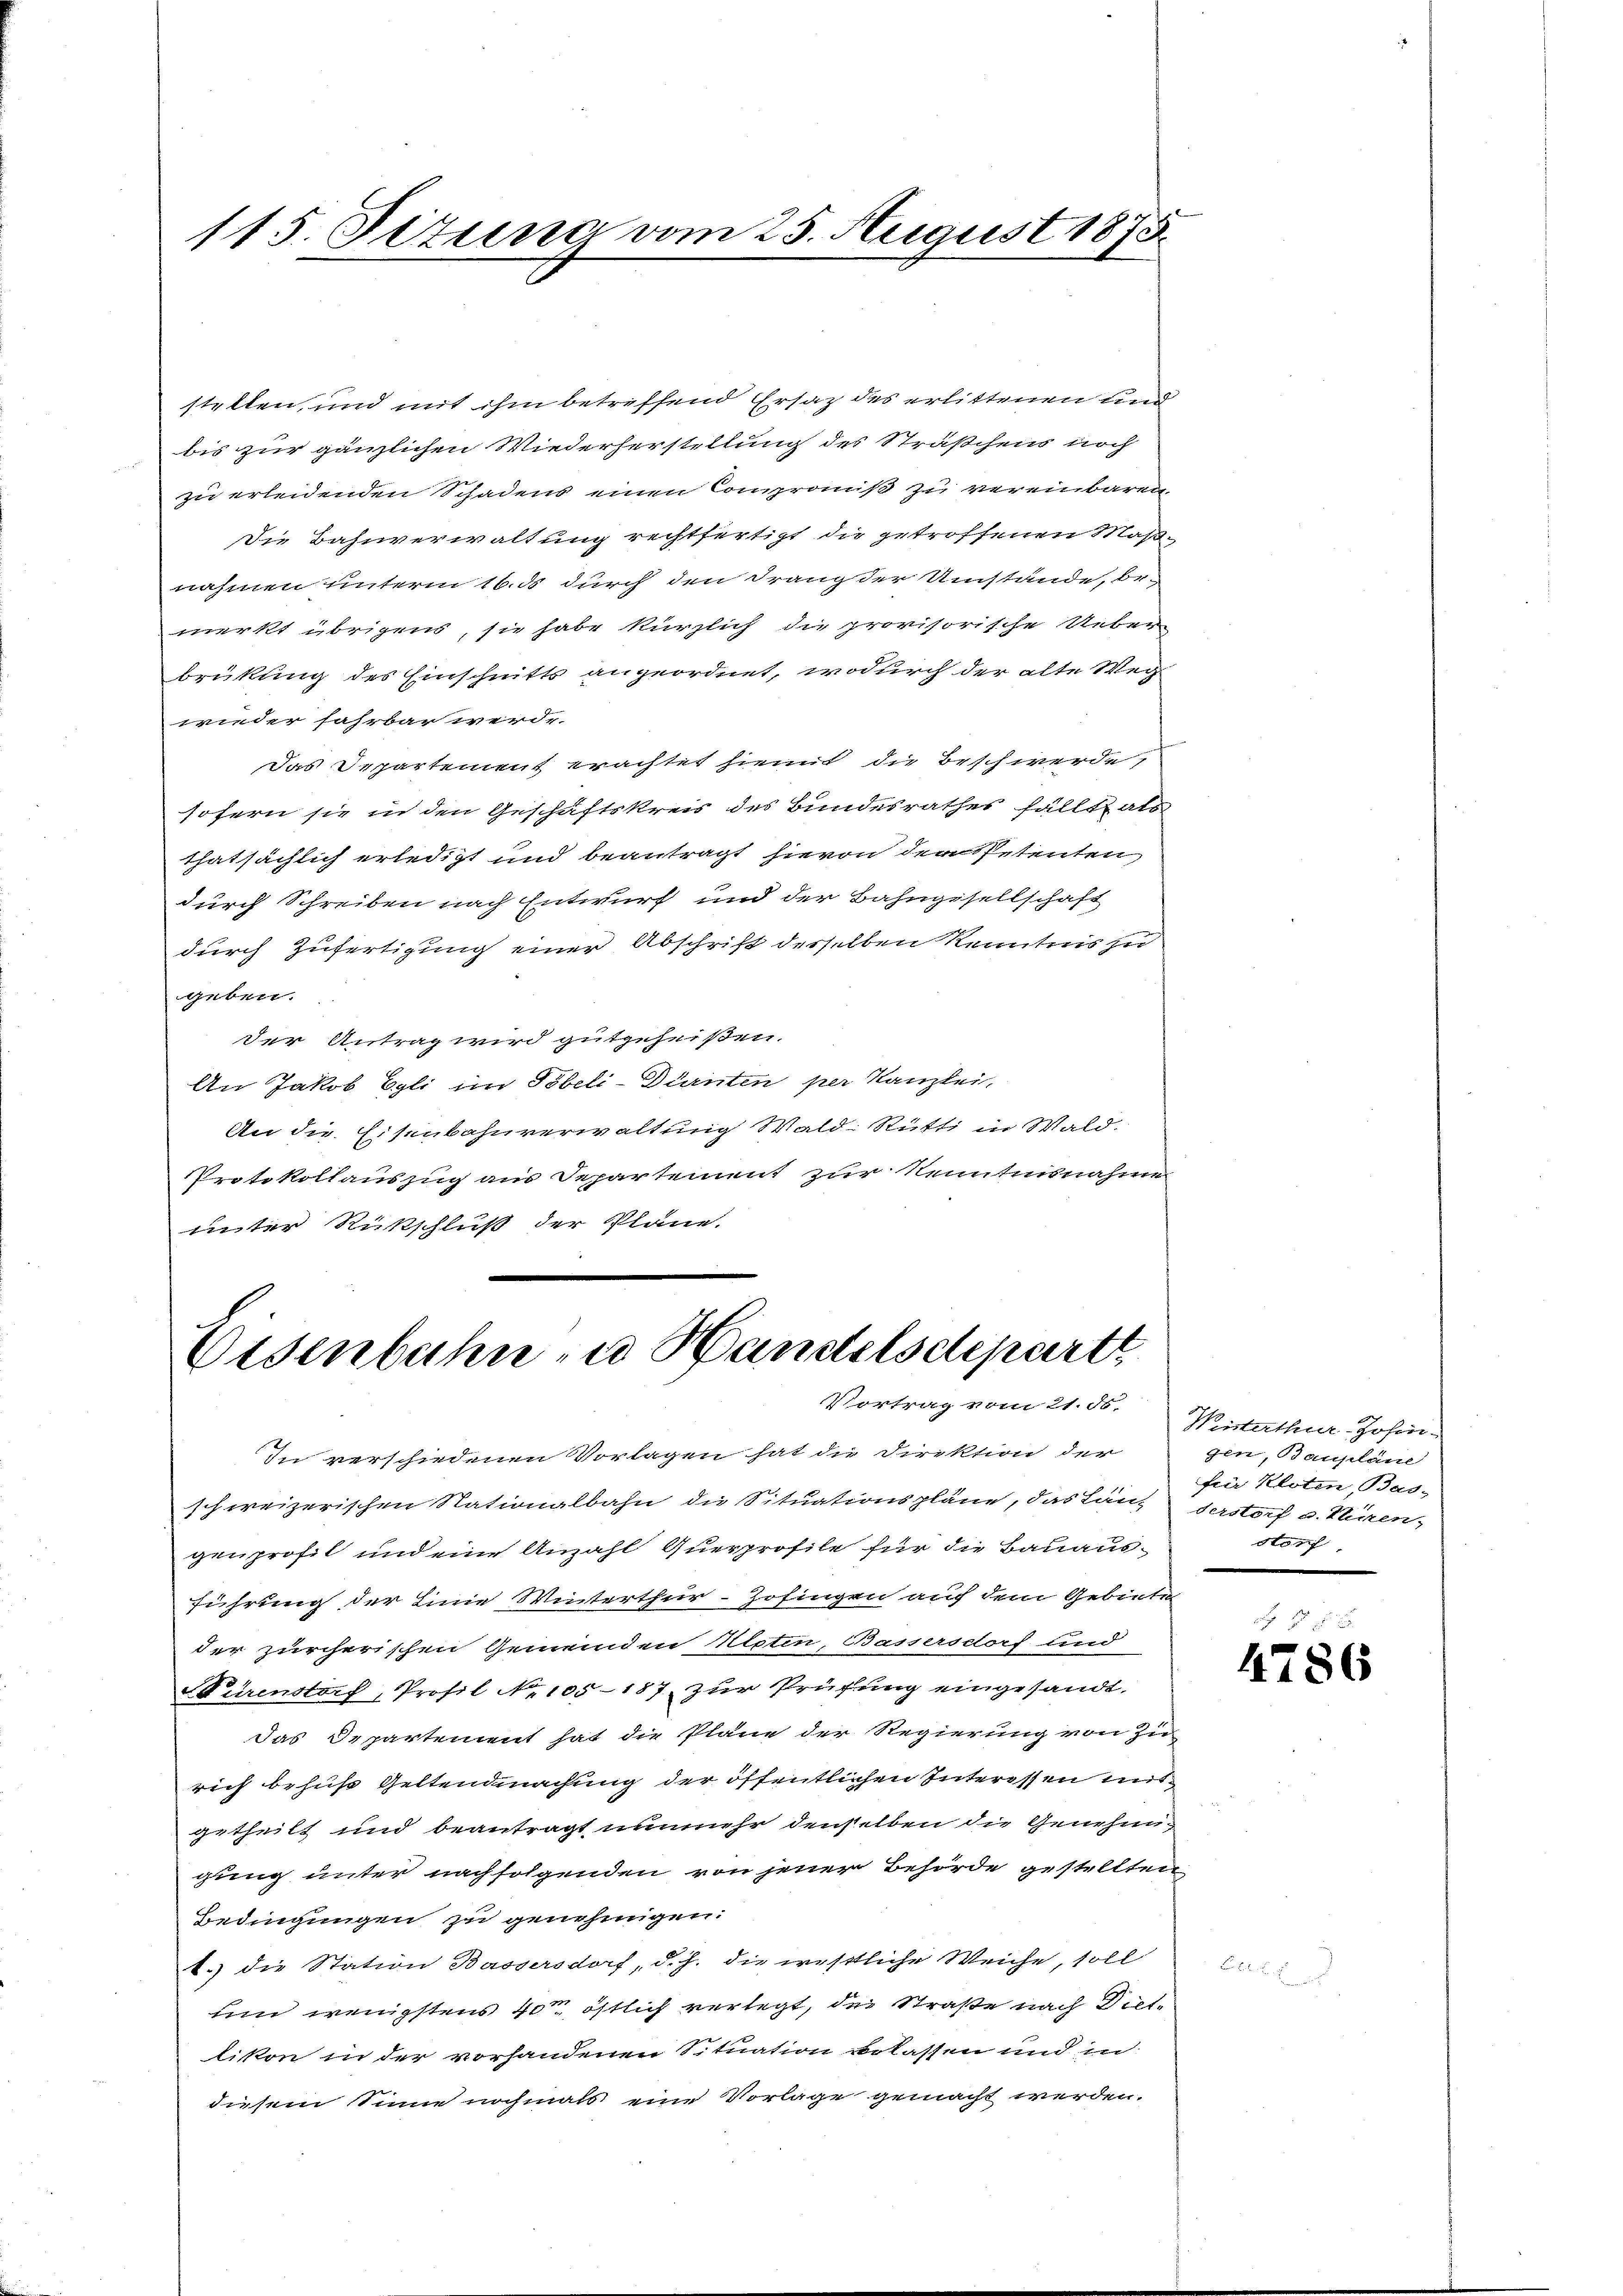
115. Situng vom 25. August 1873.

stellen, und mit ihm betreffend Ersatz des erlittenen und
bis zur gänzlichen Wiederherstellung des Sträßchens noch
zu erleidenden Schadens einen Compromiß zu vereinbaren
Die Bahnverwaltung rechtfertigt die getroffenen Maßnahmen unterm 16. ds durch den Drang der Umstände, be-
merkt übrigens, sie habe kürzlich die provisorische Ueber
brükung des Einschnitts angeordnet, wodurch der alte Weg
wieder fahrbar werde.
das Departement erachtet hiemit die Beschwerde,
sofern sie in den Geschäftskreis des Bundesrathes fällt, als
thatsächlich erledigt und beantragt hievon den Petenten
durch Schreiben nach Entwurf und der Bahngesellschaft
durch Zufertigung einer Abschrift desselben Kenntnis zu
geben.
der Antrag wird gutgeheißen.
An Jakob Egli im Töbeli-Dürnten per Kanzlei.
An die Eisenbahnverwaltung Wald- Rütti in Wald.
Protokollauszug aus Departement zur Kenntnisnahme
unter Rückschluß der Pläne.

Eisenbahn zu Handelsdepart
Vortrag vom 21. ds.

schweizerischen Nationalbahn die Situationspläne, das Länderstorf u. Kiren,
genprofil und eine Anzahl Querprofile für die Bauausführung der Linie Winterthur–Zofingen auf dem Gebiete
der zürcherischen Gemeinden Motin, Bassersdorf und
Sürenstorf, Profil No 105-187 zur Prüfung eingesandt.
das Departement hat die Pläne der Regierung von zu
rich behufs Geltendmachung der öffentlichen Interessen mitgetheilt und beantragt unmehr denselben die Genehmgung unter nachsolgenden von jener Behörde gestellten
Bedingungen zu genehmigen.
t.) die Station Bassersdorf, d. h. die westliche Weiche, soll
um wenigstens 40m östlich verlegt, der Straße nach Dietlikon in der vorhandenen Situation belassen und in
diesem Sinne nochmals eine Vorlage gemacht werden.

In verschiedenen Vorlagen hat die Direktion der

Wisterthur Johin
gen, Bauplane
für Kloten, Bas-
storf,

2 f 5 x
4786